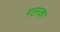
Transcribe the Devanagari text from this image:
गलका